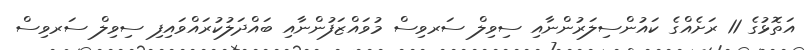
އަތޮޅުގެ 11 ރަށެއްގެ ކައުންސިލަރުންނާއި ސިވިލް ސަރވިސް މުވައްޒަފުންނާއި ބައްދަލުކުރައްވައިފި ސިވިލް ސަރވިސް